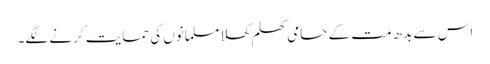
اس سے بدھ مت کے حامی کھلم کھلا مسلمانوں کی حمایت کرنے لگے۔